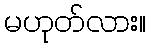
မဟုတ်လား။